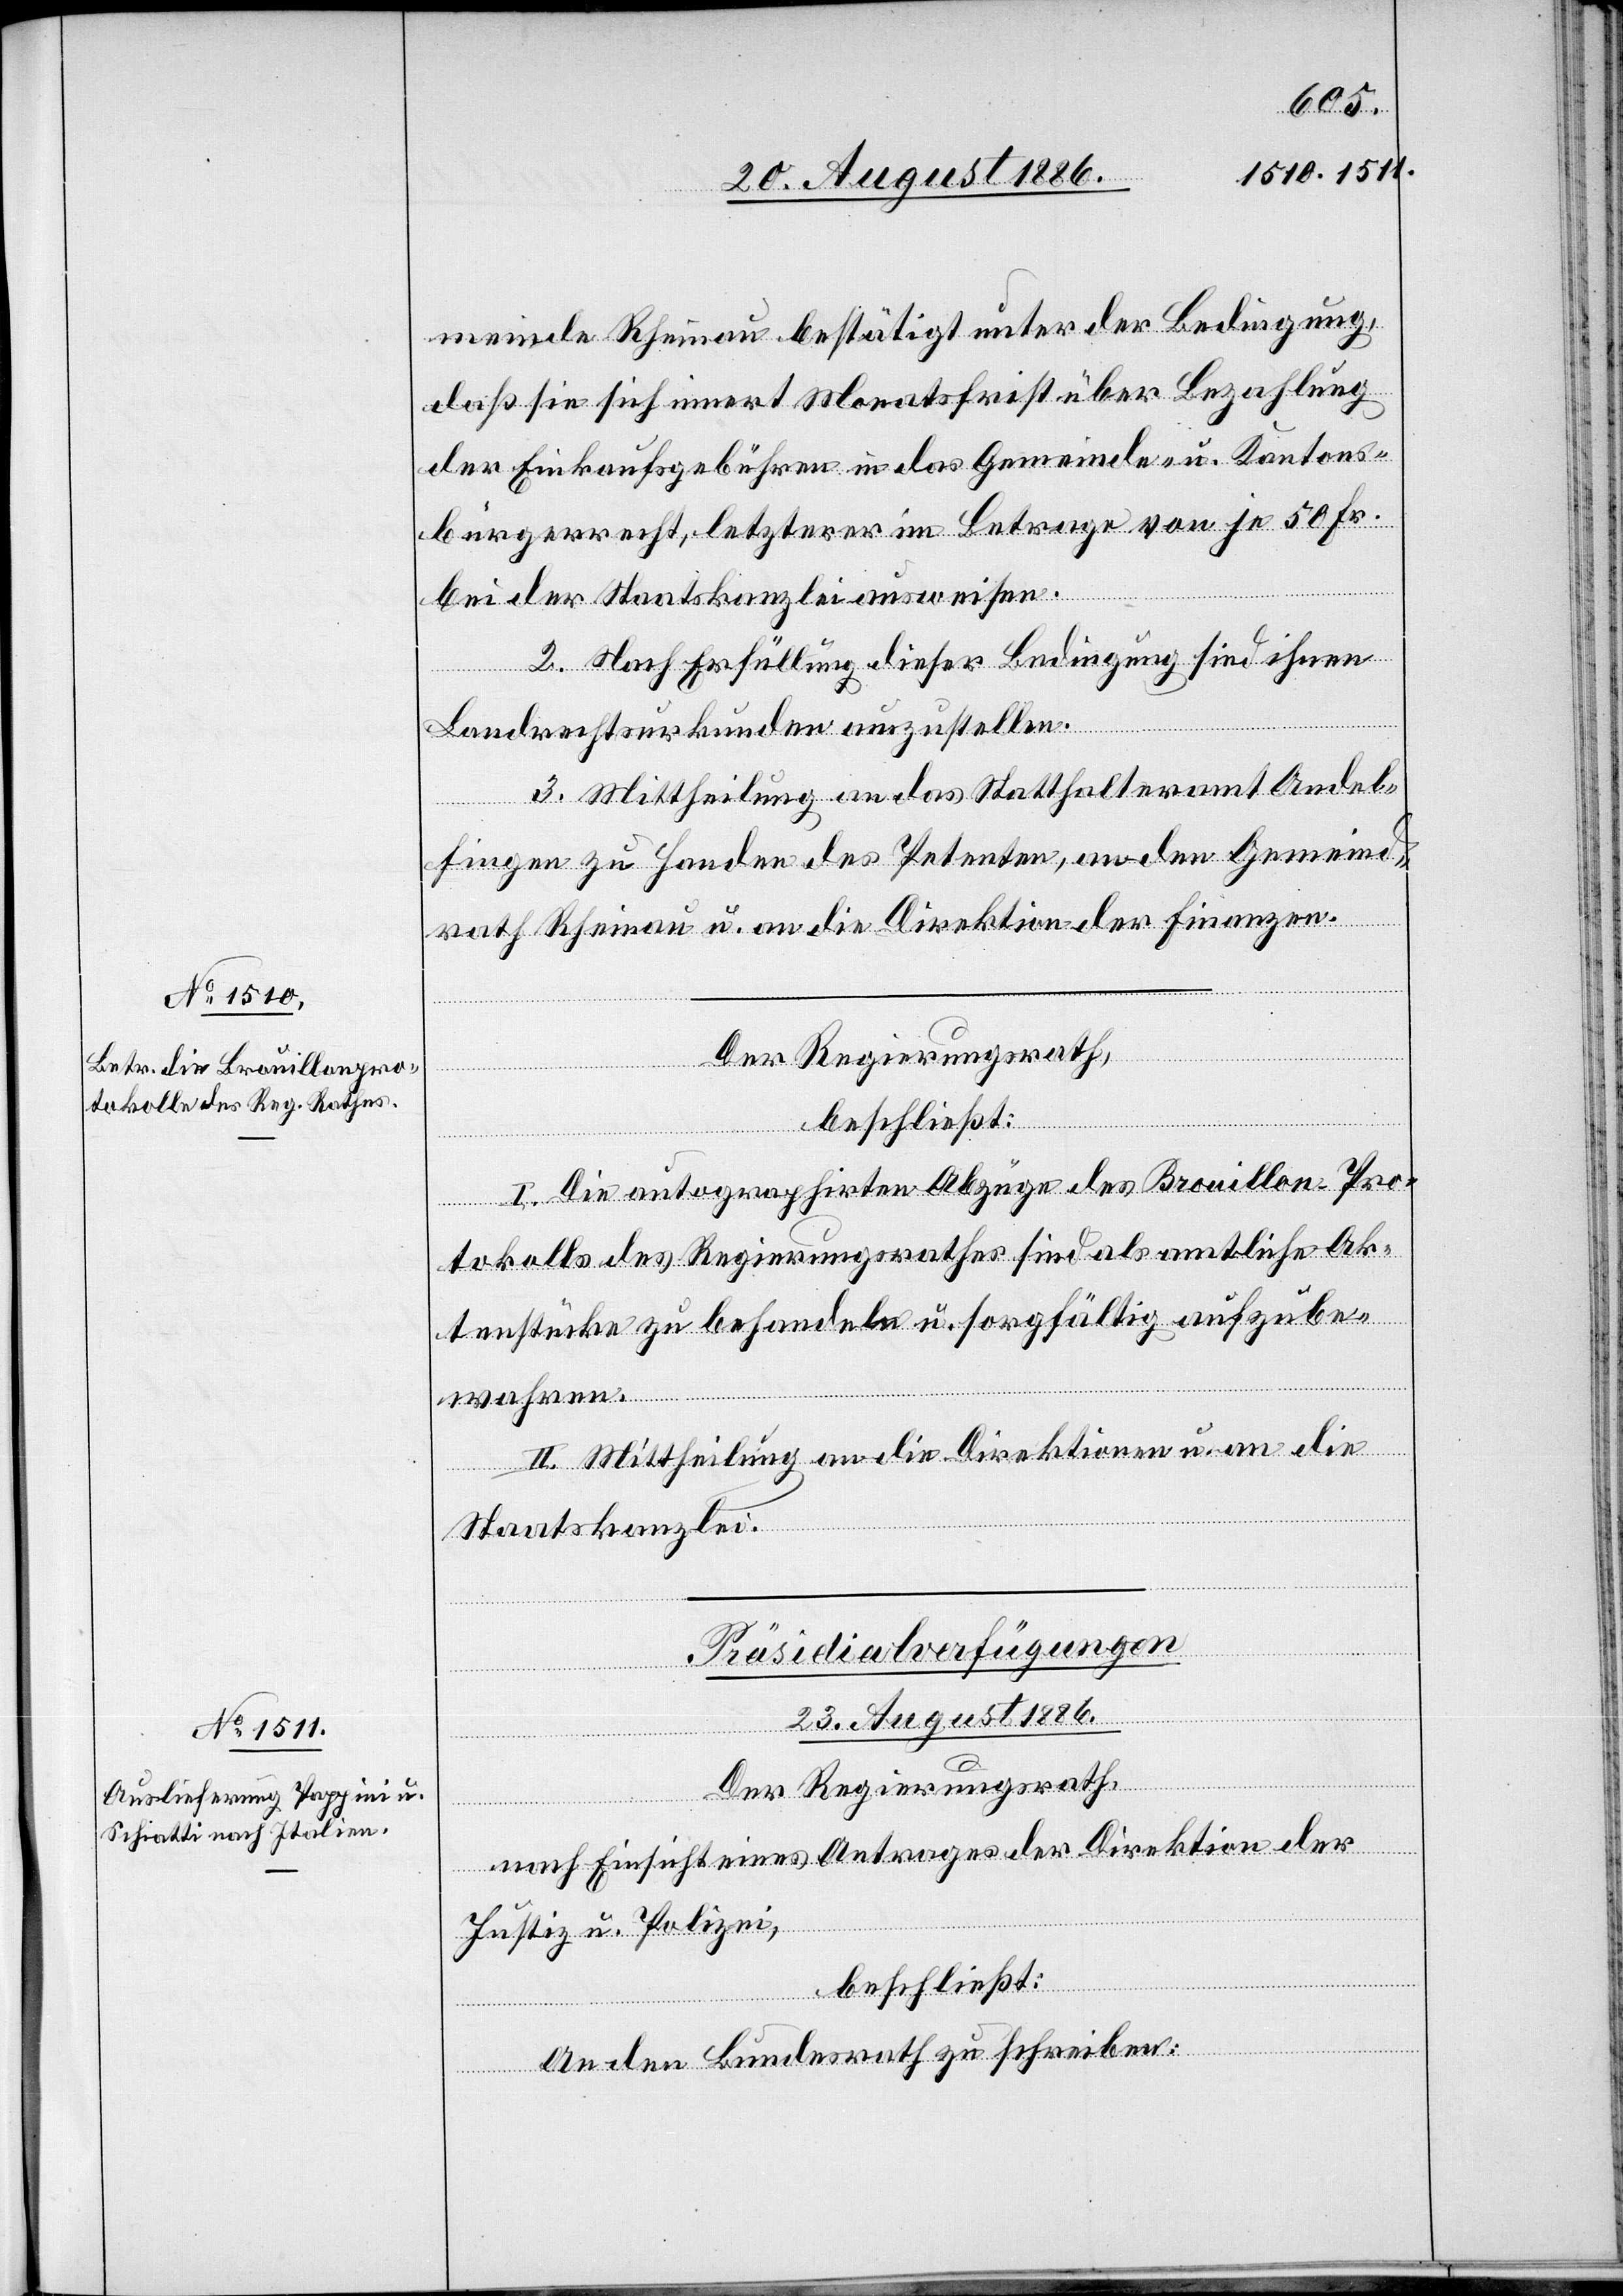
23. August 1886.
meinde Rheinau bestätigt unter der Bedingung,
daß sie sich innert Monatsfrist über Bezahlung
der Einkaufsgebühren in das Gemeinde- u. Kantons¬
bürgerrecht, letzterer im Betrage von je 50 Fr.
bei der Staatskanzlei ausweisen.
2. Nach Erfüllung dieser Bedingung sind ihnen
Landrechtsurkunden auszustellen.
3. Mittheilung an das Statthalteramt Andel¬
fingen zu Handen des [sic!] Petenten, an den Gemeind¬
rath Rheinau u. an die Direktion der Finanzen.
Der Regierungsrath,
beschließt:
I. Die autographirten Abzüge des Brouillon-Pro¬
tokolls des Regierungsrathes sind als amtliche Ak¬
tenstücke zu behandeln u. sorgfältig aufzube¬
wahren.
II. Mittheilung an die Direktionen u. an die
Staatskanzlei.
Präsidial-Verfügungen
Der Regierungsrath,
nach Einsicht eines Antrages der Direktion der
Justiz & Polizei,
beschließt:
An den Bundesrath zu schreiben: